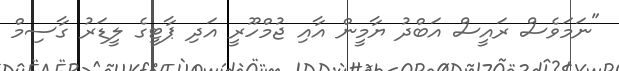
"ނަމަވެސް ރައީސް އަބްދު ޔާމީން އާއި ޖުމްހޫރީ އަދި ޕާޓީގެ ލީޑަރު ގާސިމް